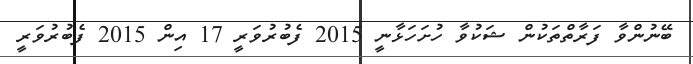
ބޭނުންވާ ފަރާތްތަކުން ޝަކުވާ ހުށަހަޅާނީ 2015 ފެބުރުވަރީ 17 އިން 2015 ފެބުރުވަރީ